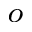
^ { o }